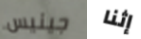
جينيس إثنا